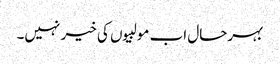
بہرحال اب مولبیوں کی خیر نہیں۔